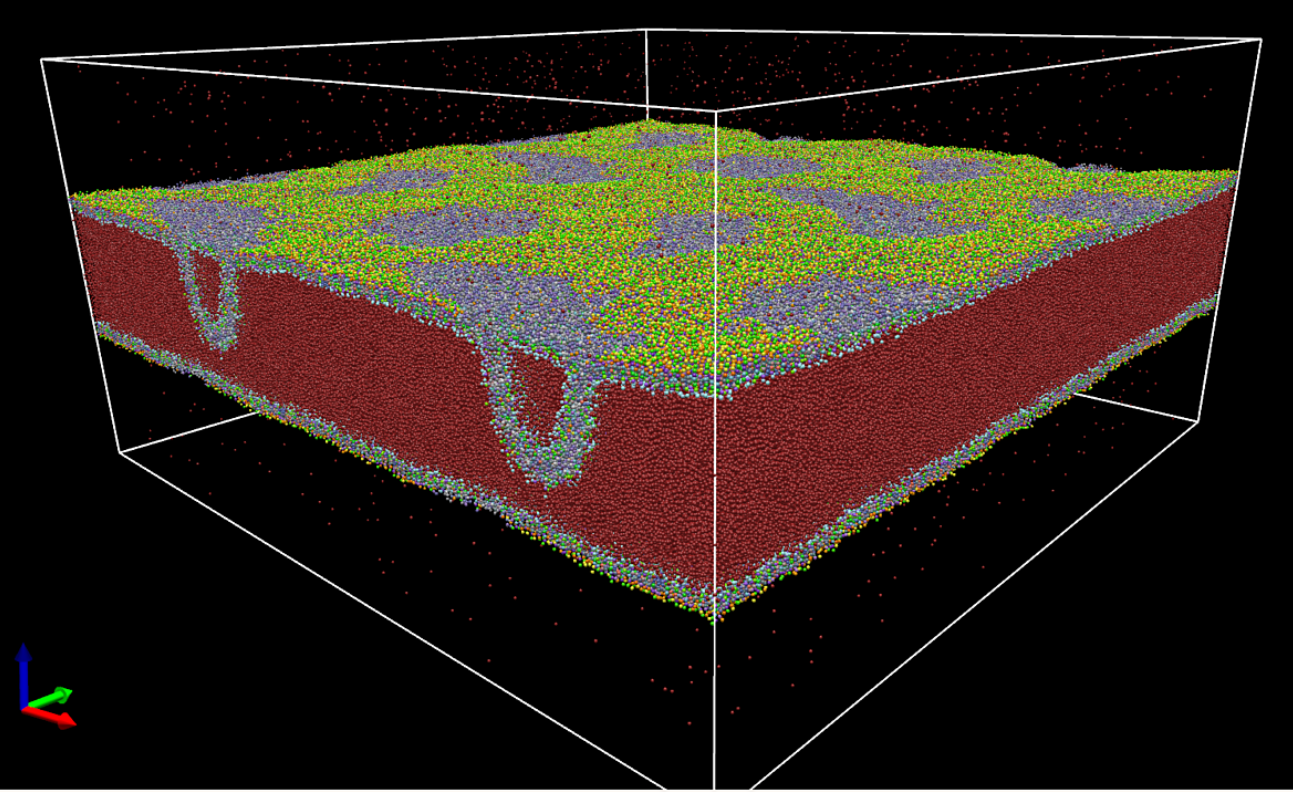
avogadro, crystal lattice